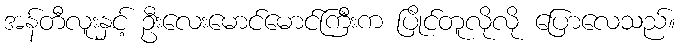
အန်တီလူးနှင့် ဦးလေးမောင်မောင်ကြီးက ပြိုင်တူလိုလို ပြောလေသည်။